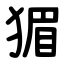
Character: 猸